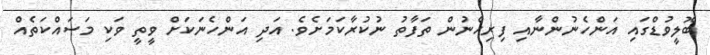
ބޮލީވުޑްގައި އަންހެނުންނާއި ފިރިހެނުން ތަފާތު ނުކުރާކަމަށެވެ. އަދި އަންހެނަކަށް ވީތީ ވަކި މަސައްކަތެއް